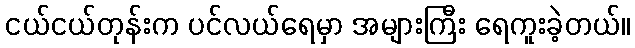
ငယ်ငယ်တုန်းက ပင်လယ်ရေမှာ အများကြီး ရေကူးခဲ့တယ်။